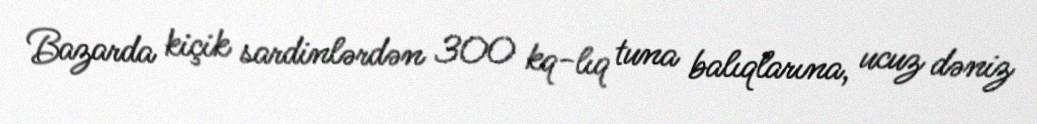
Bazarda kiçik sardinlərdən 300 kq-lıq tuna balıqlarına, ucuz dəniz